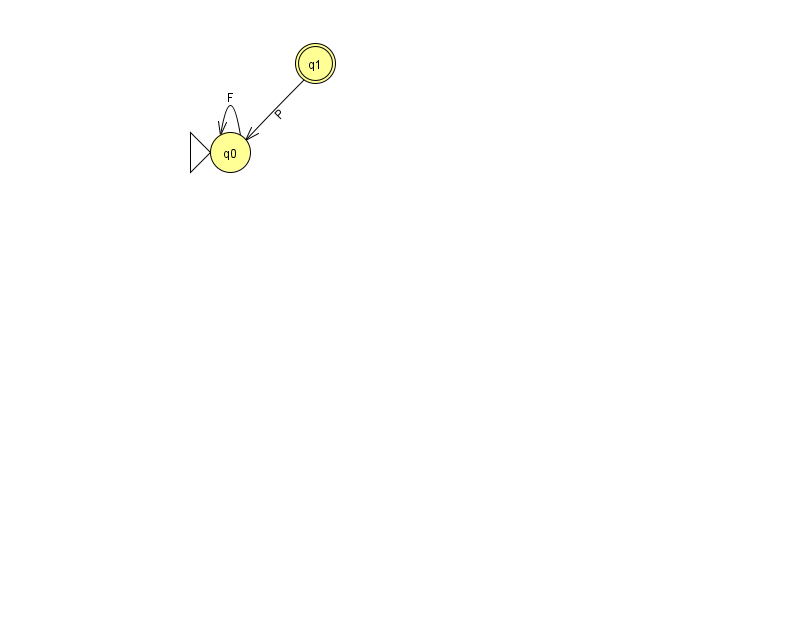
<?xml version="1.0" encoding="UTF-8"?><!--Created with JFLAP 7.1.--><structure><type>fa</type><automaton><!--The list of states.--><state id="0" name="q0"><x>230.0</x><y>139.0</y><initial/></state><state id="1" name="q1"><x>315.0</x><y>50.0</y><final/></state><!--The list of transitions.--><transition><from>1</from><to>0</to><read>P</read></transition><transition><from>0</from><to>0</to><read>F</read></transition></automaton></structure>